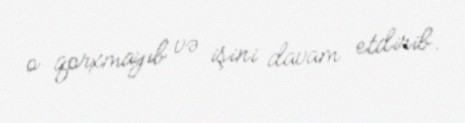
o qorxmayıb və işini davam etdirib.